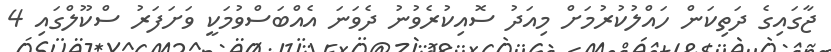
ޖާގައިގެ ދަތިކަން ހައްލުކުރުމަށް މިއަދު ސޮއިކުރެވުނު ދެވަނަ އެއްބަސްވުމަކީ ވަށަފަރު ސްކޫލްގައި 4